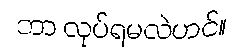
ဘာ လုပ်ရမလဲဟင်။